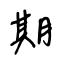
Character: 期